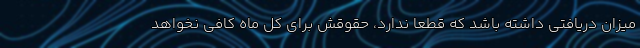
میزان دریافتی داشته باشد که قطعا ندارد، حقوقش برای کل ماه کافی نخواهد